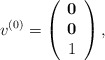
\begin{align*}v^{(0)} = \left(\begin{array}{ccc}{\bf 0} \\{\bf 0} \\1\end{array}\right),\end{align*}